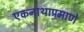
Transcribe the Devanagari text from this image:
एकनाथाप्रमाणे